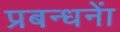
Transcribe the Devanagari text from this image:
प्रबन्धनाें